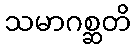
သမာဂစ္ဆတိ